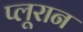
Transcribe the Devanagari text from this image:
प्लूरान